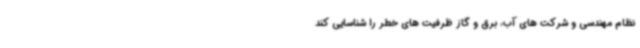
نظام مهندسی و شرکت های آب، برق و گاز ظرفیت های خطر را شناسایی کند